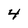
Character: 4